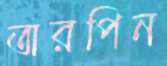
তারপিন